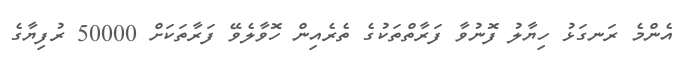
އެންމެ ރަނގަޅު ހިޔާލު ފޮނުވާ ފަރާތްތަކުގެ ތެރެއިން ހޮވާލެވޭ ފަރާތަކަށް 50000 ރުފިޔާގެ